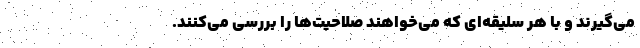
می‌گیرند و با هر سلیقه‌ای که می‌خواهند صلاحیت‌ها را بررسی می‌کنند.